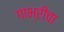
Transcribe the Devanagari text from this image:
गाभ्रीचा